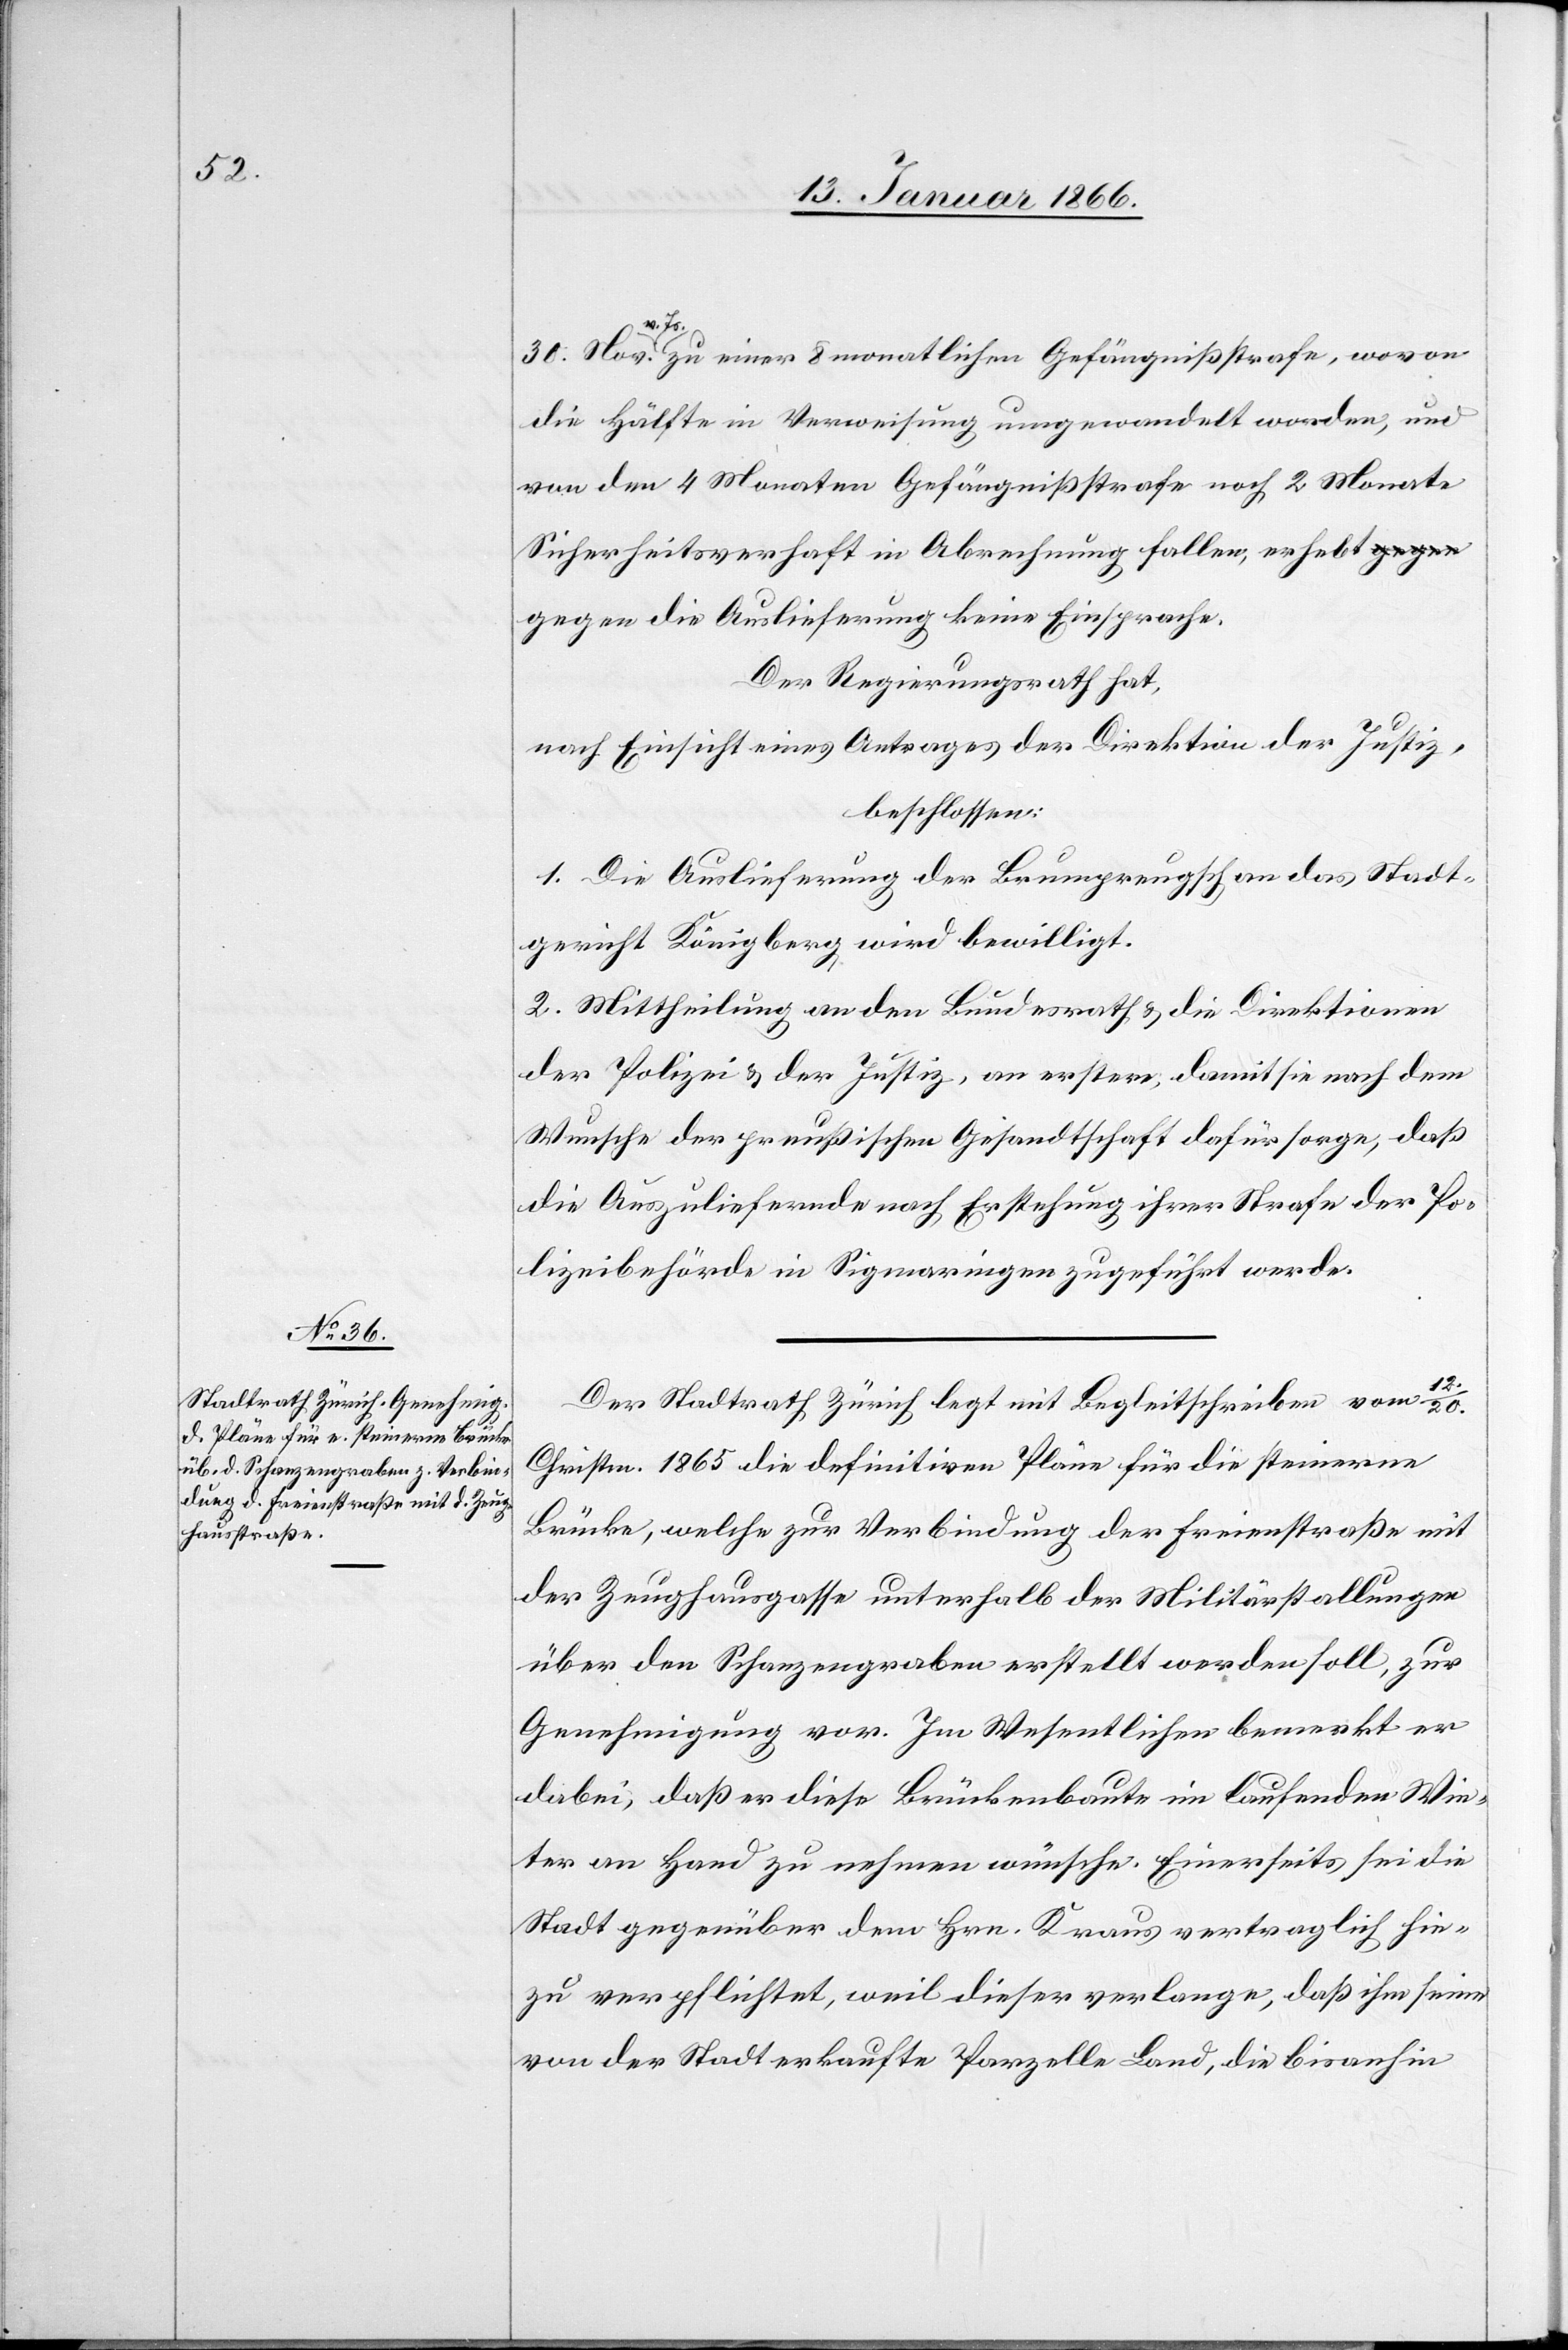
12./20.
v. Js. zu einer 8 monathlichen Gefängnißstrafe, was an
die Hälfte in Verweisung umgewandelt worden, und
von den 4 Monaten Gefängnißstrafe noch 2 Monate
Sicherheitsverhaft in Abrechnung fallen, erhebt g¬
egen die Auslieferung keine Einsprache.
Der Regierungsrath hat,
nach Einsicht eines Antrages der Direktion der Justiz,
beschlossen:
1. Die Auslieferung der Brumpreupsch an das Stadt¬
gericht Königsberg wird bewilligt.
2. Mittheilung an den Bundesrath u. die Direktionen
der Polizei u. der Justiz, an erstere, damit sie nach dem
Wunsche der preußischen Gesandtschaft dafür sorge, daß
die Auszuliefernde nach Erstehung ihrer Strafe der Po¬
lizeibehörde in Sigmaringen zugeführt werde.
Der Stadtrath Zürich legt mit Begleitschreiben vom
Christm. 1865 die definitiven Pläne für die steinerne
Brücke, welche zur Verbindung der Freienstraße mit
der Zeughausstrasse unterhalb der Militärstallungen
über den Schanzengraben erstellt werden soll, zur
Genehmigung vor. Im Wesentlichen bemerkt er
dabei, daß er diese Brückenbaute im laufenden Win¬
ter an Hand zu nehmen wünsche. Einerseits sei die
Stadt gegenüber dem Hrn. Kraus vertraglich hie¬
zu verpflichtet, weil dieser verlange, daß ihm seine
von der Stadt erkaufte Parzelle Land, die bis anhin